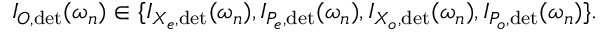
I _ { O , { \operatorname* { d e t } } } ( \omega _ { n } ) \in \{ I _ { X _ { e } , \mathrm { d e t } } ( \omega _ { n } ) , I _ { P _ { e } , \mathrm { d e t } } ( \omega _ { n } ) , I _ { X _ { o } , \mathrm { d e t } } ( \omega _ { n } ) , I _ { P _ { o } , \mathrm { d e t } } ( \omega _ { n } ) \} .